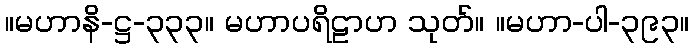
။မဟာနိ-ဋ္ဌ-၃၃၃။ မဟာပရိဠာဟ သုတ်။ ။မဟာ-ပါ-၃၉၃။